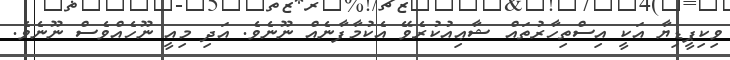
ވިކިޕީޑިޔާ އަކީ އިސްތިހާރުތައް ޝާޢިއުކުރެވޭ އެކުމާފާނެއް ނޫނެވެ. އަދި މިއީ ނޫހެއްވެސް ނޫނެވެ.